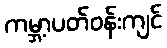
ကမ္ဘာ့ပတ်ဝန်းကျင်